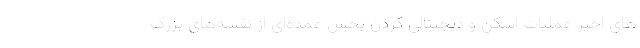
های اخیر عملیات اسکن و دیجیتالی کردن بخش عمده‌ای از نقشه‌های بزرگ